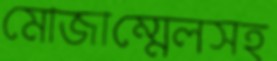
মোজাম্মেলসহ